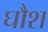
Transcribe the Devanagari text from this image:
घौश